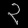
Digit: ၃